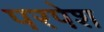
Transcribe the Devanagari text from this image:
परपेश